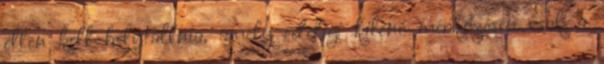
ellen kell helytállnia, amely eddigi kilenc mérkőzésén csak a